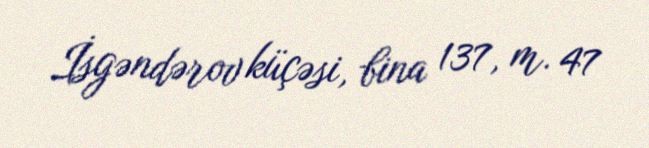
İsgəndərov küçəsi, bina 137, m. 47